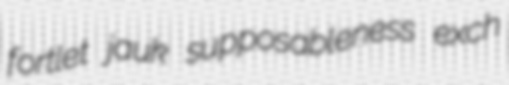
fortlet jauk supposableness exch